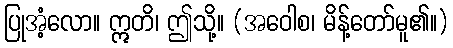
ပြုအံ့လော။ ဣတိ၊ ဤသို့။ (အဝေါစ၊ မိန့်တော်မူ၏။)